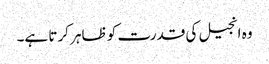
وہ انجیل کی قدرت کو ظاہر کرتا ہے۔